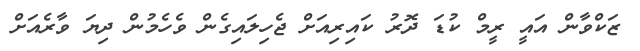
ޒަކްވާން އައީ ރީމް ކުޑަ ދޮރު ކައިރިއަށް ޖެހިލައިގެން ވެހެމުން ދިޔަ ވާރެއަށް